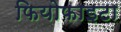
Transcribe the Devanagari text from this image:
फियोफाइटा